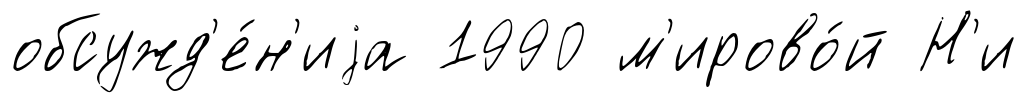
обсужд'е́н'иjа 1990 м'ирово́й Н'и